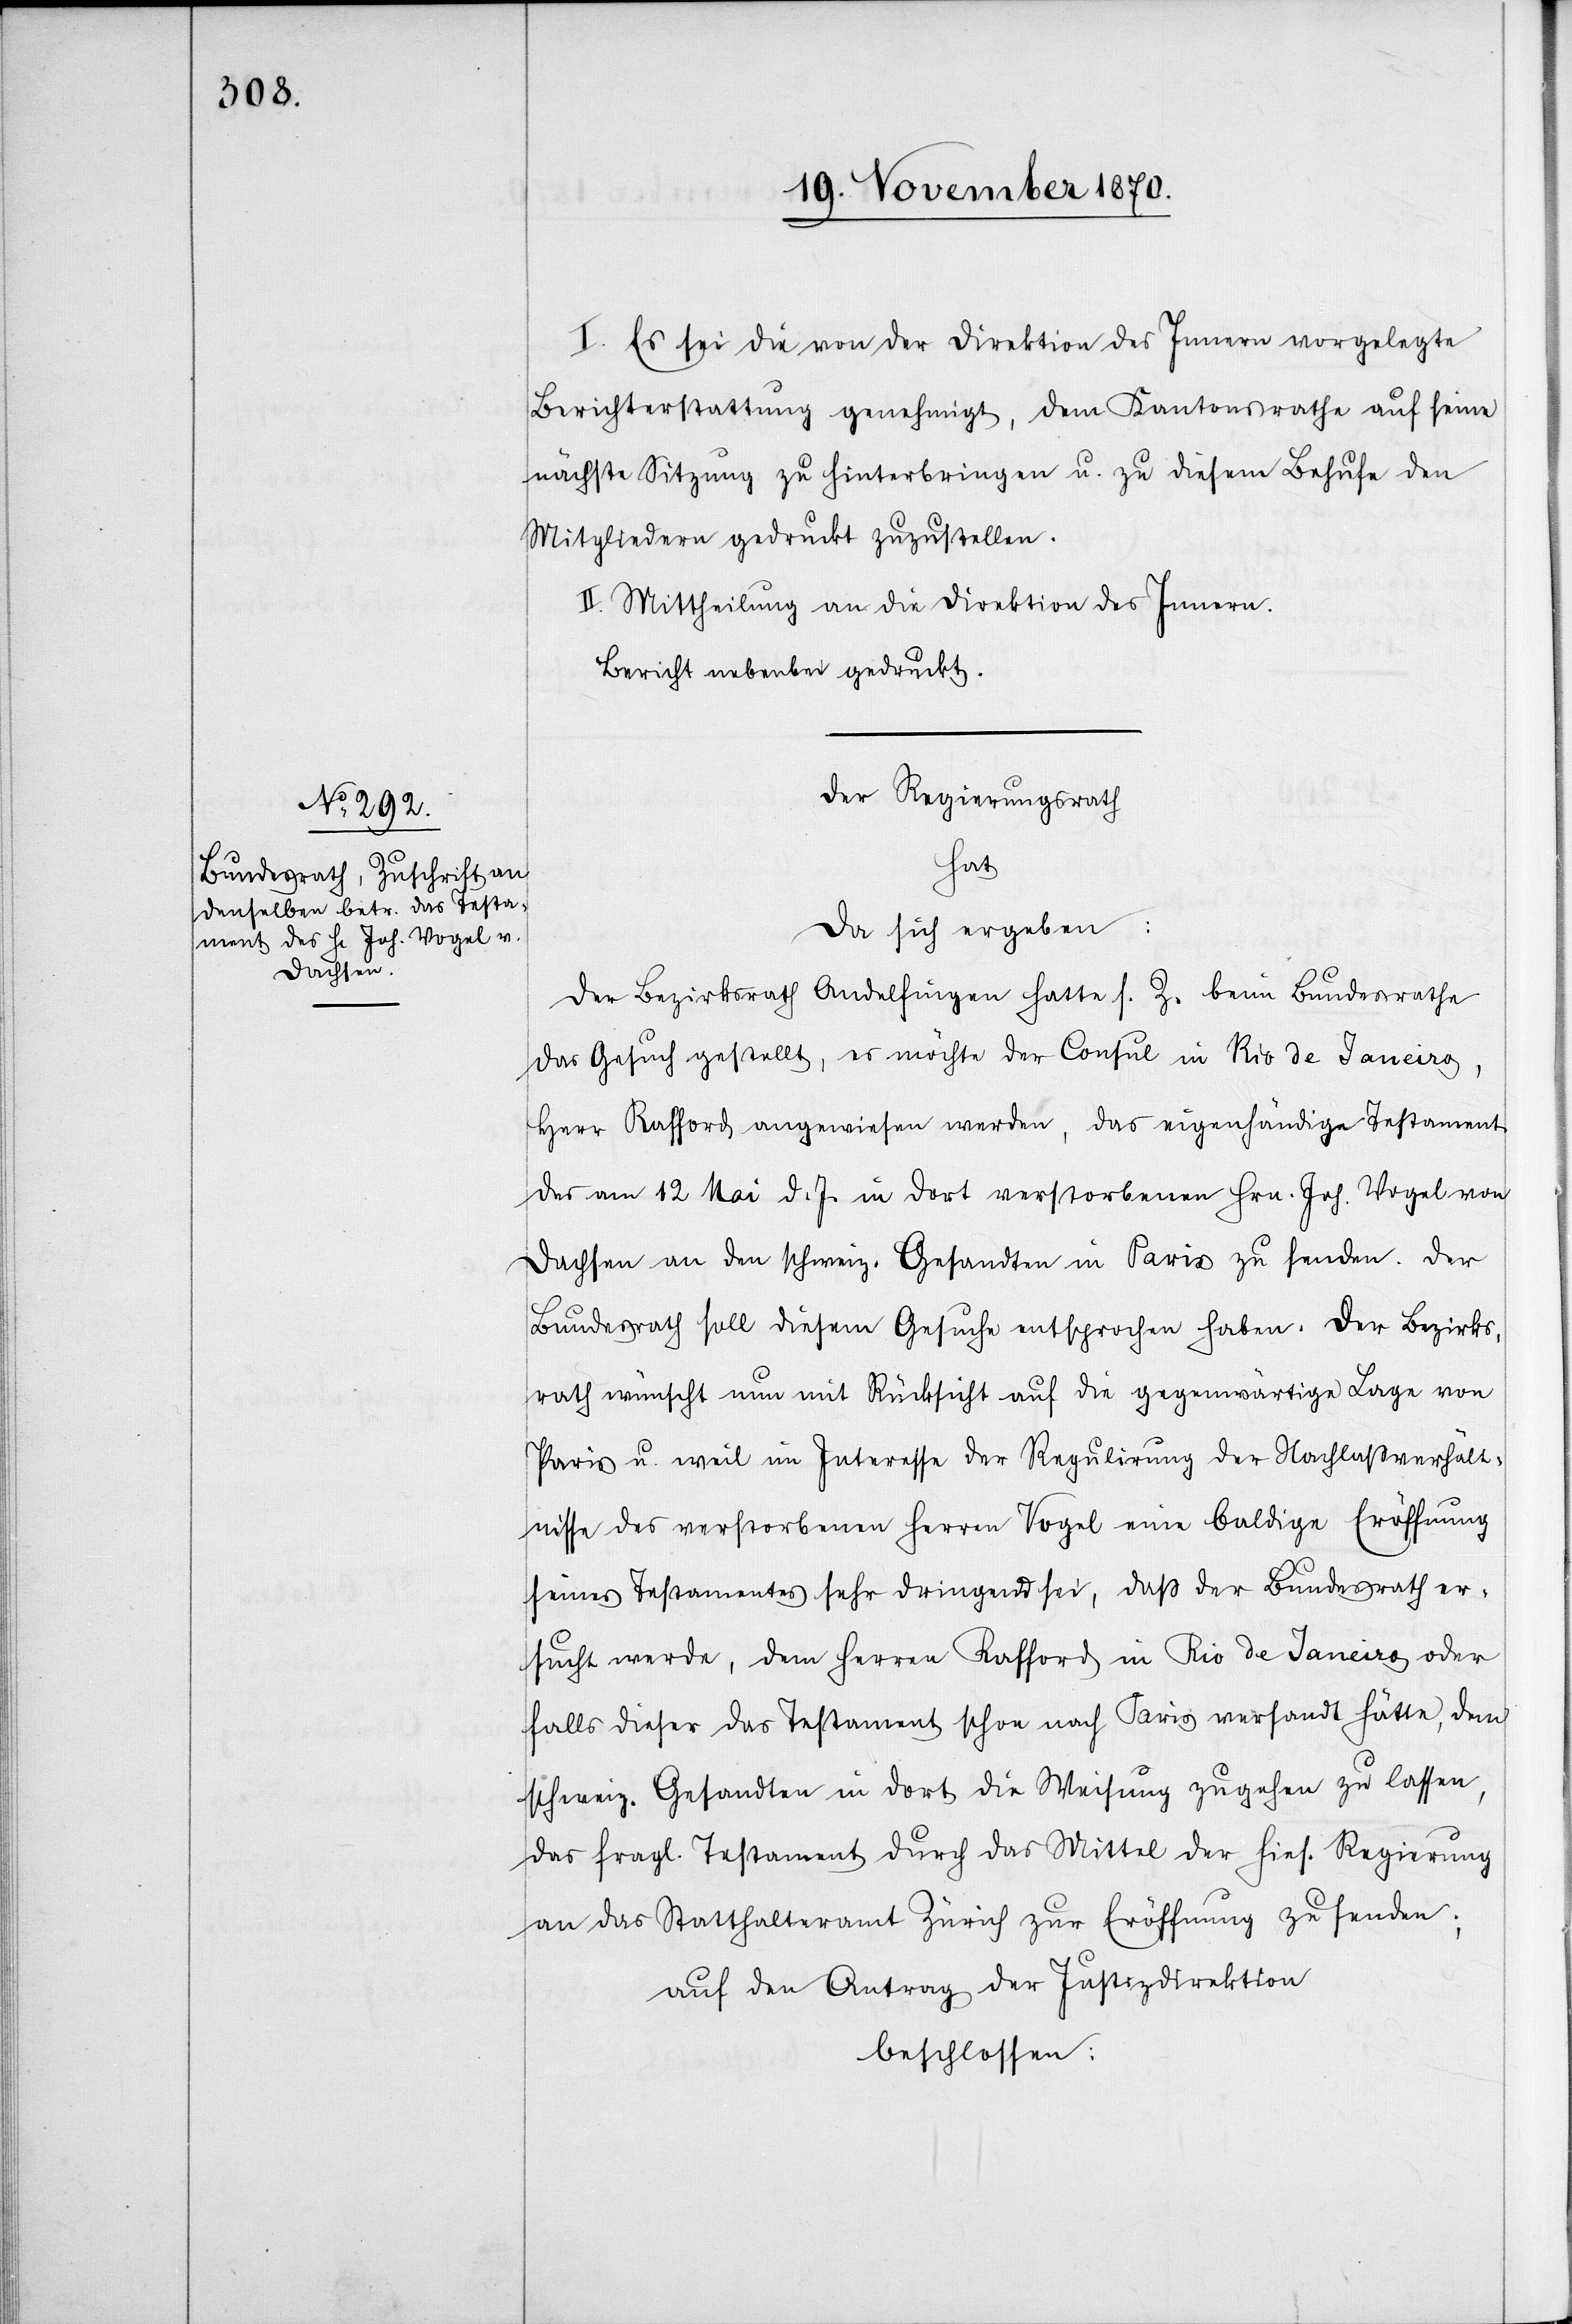
I. Es sei die von der Direktion des Innern vorgelegte
Berichterstattung genehmigt, dem Kantonsrathe auf seine
nächste Sitzung zu hinterbringen u. zu diesem Behufe den
Mitgliedern gedruckt zuzustellen.
II. Mittheilung an die Direktion des Innern.
Bericht nebenbei gedruckt.
Der Regierungsrath
hat
da sich ergeben:
Der Bezirksrath Andelfingen hatte s. Z. beim Bundesrathe
das Gesuch gestellt, es möchte der Consul in Rio de Janeiro,
Herr Rafford angewiesen werden, das eigenhändige Testament
des am 12. Mai d. J. in dort verstorbenen Hrn. Joh. Vogel von
Dachsen an den schweiz. Gesandten in Paris zu senden. Der
Bundesrath soll diesem Gesuche entsprochen haben. Der Bezirks¬
rath wünscht nun mit Rücksicht auf die gegenwärtige Lage von
Paris u. weil im Interesse der Regulirung der Nachlaßverhält¬
nisse des verstorbenen Herren Vogel eine baldige Eröffnung
seines Testamentes sehr dringend sei, daß der Bundesrath er¬
sucht werde, dem Herren Rafford in Rio de Janeiro oder
falls dieser das Testament schon nach Paris versandt hätte, dem
schweiz. Gesandten in dort die Weisung zugehen zu lassen,
das fragl. Testament durch das Mittel der hies. Regierung
an das Statthalteramt Zürich zur Eröffnung zu senden;
auf den Antrag der Justizdirektion
beschlossen: